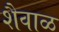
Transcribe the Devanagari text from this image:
शैवाळ